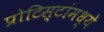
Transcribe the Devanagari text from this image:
प्रोटिस्टांमध्ये